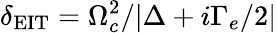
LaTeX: \delta_{\mathrm{EIT}}=\Omega_{c}^{2}/|\Delta+i\Gamma_{e}/2|